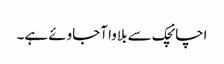
اچانچک سے بلاوا آجاوئے ہے۔